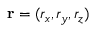
\mathbf { r } = ( r _ { x } , r _ { y } , r _ { z } )